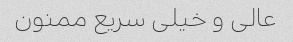
عالی و خیلی سریع ممنون